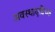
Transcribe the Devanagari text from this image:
अवस्थाएदिच्क